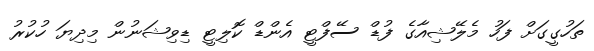
ތަހުގީގަށް ފަހު މެލޭޝިއާގެ ފުޑް ސޭފްޓީ އެންޑް ކޮލިޓީ ޑިވިޝަނުން މިދިޔަ ހުކުރު